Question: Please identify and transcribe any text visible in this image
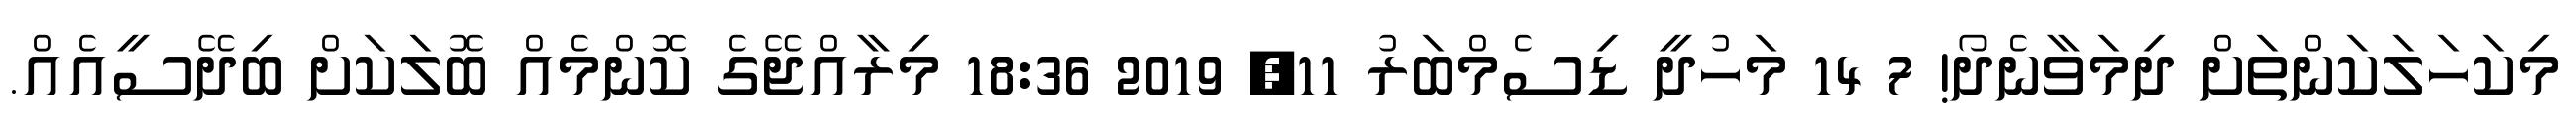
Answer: މިކަހަލަކަންތަށް ދިމަވާނެދޯ! 7 14 މަހުދީ ޑިސެމްބަރު 11, 2019 18:36 މިރާއްޖޭގެ ކޮންމެއް ބޮލަކަށް ބިދޭސީއެއް.